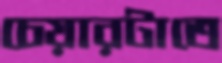
চেয়ারটাতে